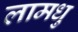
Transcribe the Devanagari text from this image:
लामधु